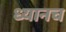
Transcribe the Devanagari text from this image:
ध्यानच